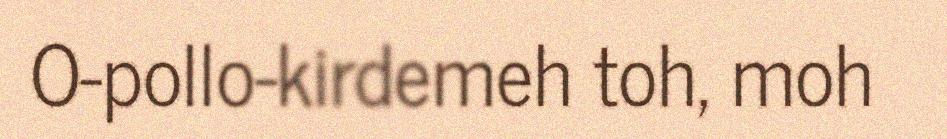
O-pollo-kirdemeh toh, moh